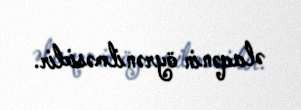
əlaqənin öyrənilməsidir.